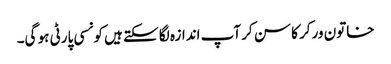
خاتون ورکر کا سن کر آپ اندازہ لگا سکتے ہیں کونسی پارٹی ہو گی۔